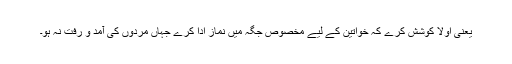
یعنی اولاً کوشش کرے کہ خواتین کے لیے مخصوص جگہ میں نماز ادا کرے جہاں مردوں کی آمد و رفت نہ ہو۔